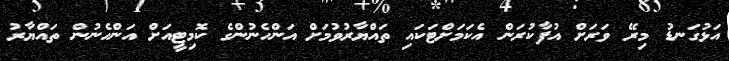
އަޅުގަނޑު މިރޭ ވަރަށް އުފާކުރަން އެކަމަށްޓަކައި ތައްޔާރުވުމަށް އަންހެނުންގެ ކޮމިޓީއަށް އަންހެނުން ތައްޔާރު